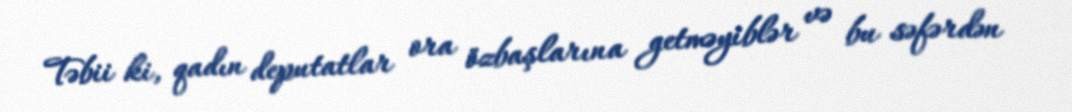
Təbii ki, qadın deputatlar ora özbaşlarına getməyiblər və bu səfərdən